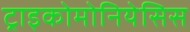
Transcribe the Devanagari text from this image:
ट्राइकोमोनियेसिस